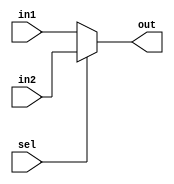
`timescale 1ns / 1ps

/*
	@brief: 2 to one mux that takes 5-bit inputs and 1 bit select
*/
module mux2_5(out,in1,in2,sel);
	output [4:0] out;
	input [4:0] in1,in2;
	input sel;
	
	assign out = sel==0? in1:in2;

endmodule